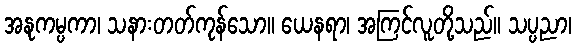
အနုကမ္ပကာ၊ သနားတတ်ကုန်သော။ ယေနရာ၊ အကြင်လူတို့သည်။ သပ္ပညာ၊